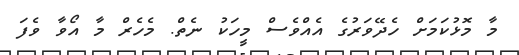
މާ މޮޅުކަމަށް ހެދޭވަރުގެ އެއްވެސް މީހަކު ނެތް. މެހެރް މާ އޯވާ ވެފަ